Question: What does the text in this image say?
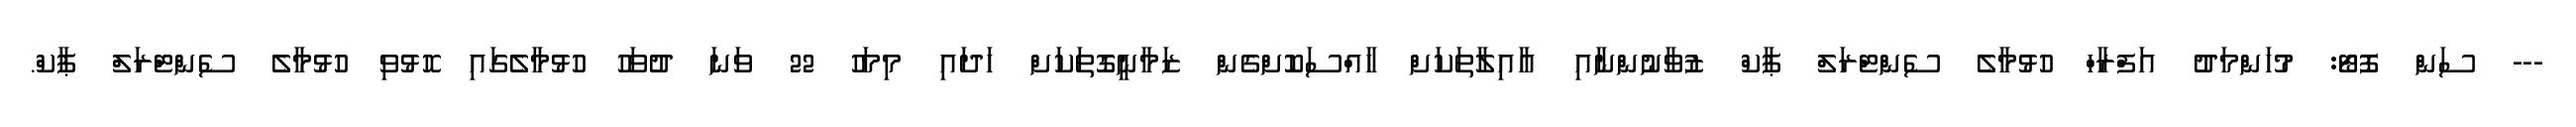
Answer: --- ސަން ފޮޓޯ: މުހަންމަދު އަފްރާހް ހުޅުމާލެ ސެންޓްރަލް ޕާކް ޒުވާނުންނާއި އާއިލާތަކަށް ހާއްސަކޮށްގެން ޒަމާނީގޮތަކަށް ހަދައި މިމަހު 22 ވަނަ ދުވަހު ހުޅުމާލެގައި ހޮޅުވި ހުޅުމާލެ ސެންޓްރަލް ޕާކް.